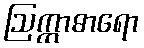
ဩက္ကာဓာရော